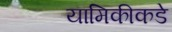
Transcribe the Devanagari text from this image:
यामिकीकडे